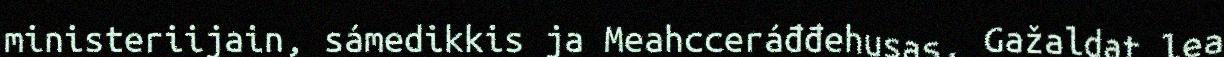
ministeriijain, sámedikkis ja Meahcceráđđehusas. Gažaldat lea